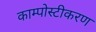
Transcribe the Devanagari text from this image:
काम्पोस्टीकरण